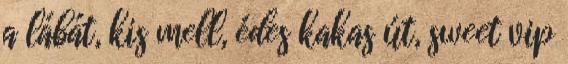
a lábát, kis mell, édes kakas út, sweet vip